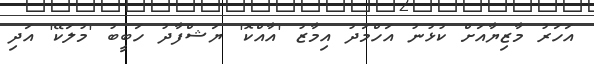
އަހަރު މާޒިޔާއަށް ކުޅުނު އަހްމަދު އިމާޒު 'އާއްކޮ' ޔަޝްފާދު ހަބީބު 'މުލަކޭ' އަދި